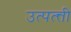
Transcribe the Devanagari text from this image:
उत्पत्त्ती